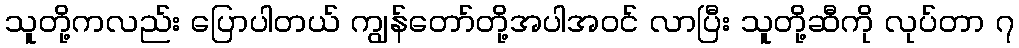
သူတို့ကလည်း ပြောပါတယ် ကျွန်တော်တို့အပါအဝင် လာပြီး သူတို့ဆီကို လုပ်တာ ၇